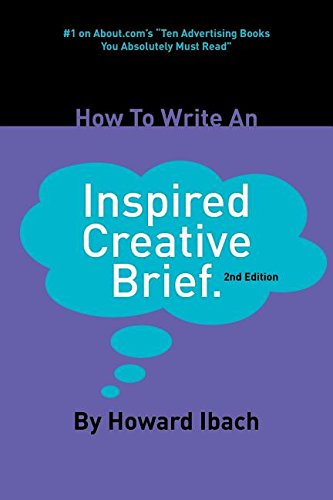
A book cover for How To Write An Inspired Creative Brief: 2nd edition; Howard Ibach; Business & Money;